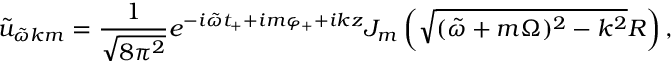
\tilde { u } _ { \tilde { \omega } k m } = \frac { 1 } { \sqrt { 8 \pi ^ { 2 } } } e ^ { - i \tilde { \omega } t _ { + } + i m \varphi _ { + } + i k z } J _ { m } \left( \sqrt { ( \tilde { \omega } + m \Omega ) ^ { 2 } - k ^ { 2 } } R \right) ,